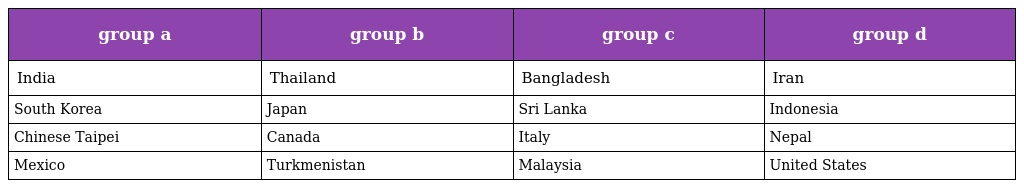
| group a | group b | group c | group d |
 | --- | --- | --- | --- |
 | India | Thailand | Bangladesh | Iran |
 | South Korea | Japan | Sri Lanka | Indonesia |
 | Chinese Taipei | Canada | Italy | Nepal |
 | Mexico | Turkmenistan | Malaysia | United States |